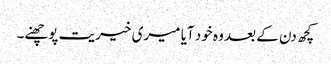
کچھ دن کے بعد وہ خود آیا میری خیریت پوچھنے۔